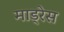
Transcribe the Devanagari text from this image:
माड्रेस